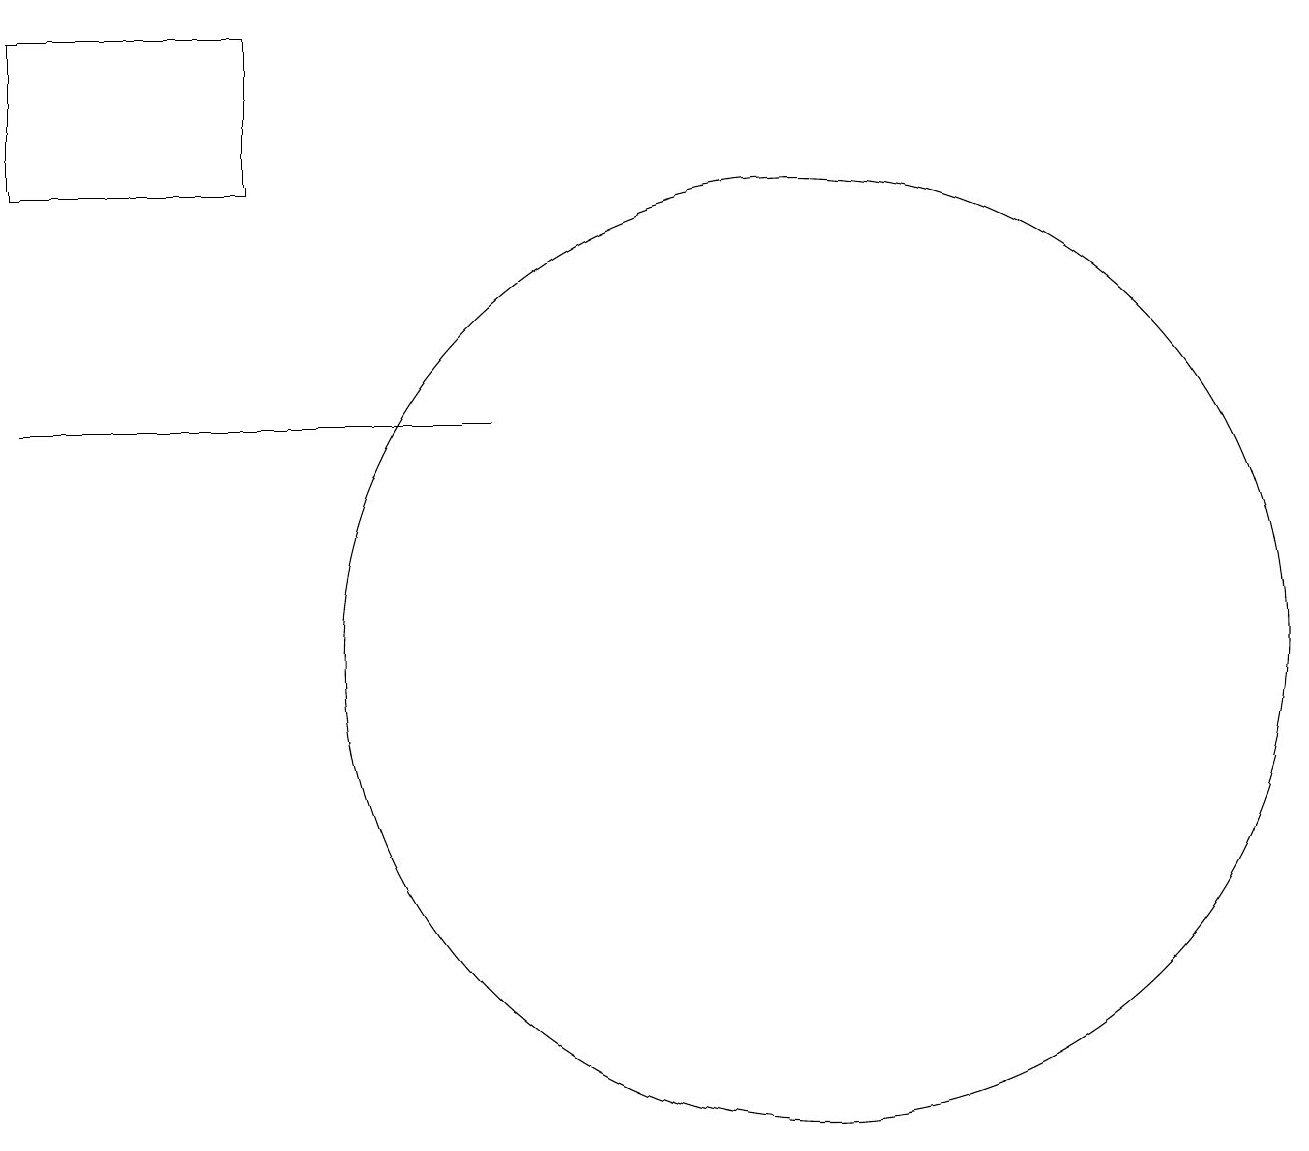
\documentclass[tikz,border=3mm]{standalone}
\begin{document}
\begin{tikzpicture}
\draw (1,13) rectangle (7,13);
\draw (4,18) rectangle (1,16);
\draw (11,10) circle (6);
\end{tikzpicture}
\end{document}